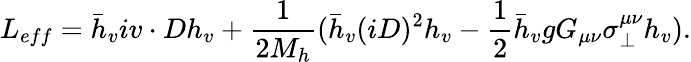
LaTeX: L_{eff}=\bar{h}_{v}iv\cdot Dh_{v}+\frac{1}{2M_{h}}(\bar{h}_{v}(iD)^{2}h_{v}-\frac{1}{2}\bar{h}_{v}gG_{\mu\nu}\sigma_{\bot}^{\mu\nu}h_{v}).